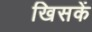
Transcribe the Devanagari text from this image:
खिसकें